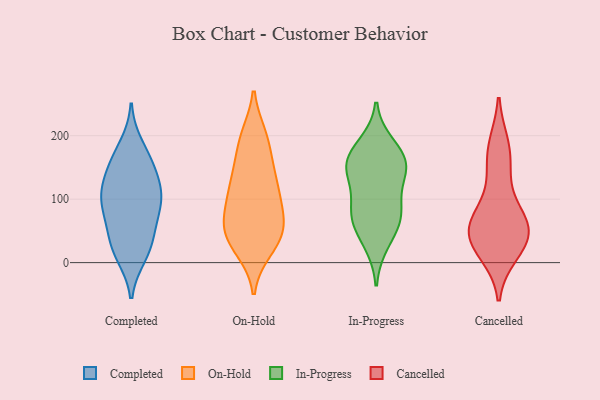
{"axis": {"x": "Backlog", "y": "Value"}, "legend": ["Cancelled", "Completed", "In-Progress", "On-Hold"], "data": [{"x": "", "y": 106, "type": "Completed"}, {"x": "", "y": 101, "type": "Completed"}, {"x": "", "y": 107, "type": "Completed"}, {"x": "", "y": 119, "type": "Completed"}, {"x": "", "y": 69, "type": "Completed"}, {"x": "", "y": 161, "type": "Completed"}, {"x": "", "y": 15, "type": "Completed"}, {"x": "", "y": 149, "type": "Completed"}, {"x": "", "y": 37, "type": "Completed"}, {"x": "", "y": 184, "type": "Completed"}, {"x": "", "y": 152, "type": "Completed"}, {"x": "", "y": 34, "type": "Completed"}, {"x": "", "y": 71, "type": "Completed"}, {"x": "", "y": 11, "type": "Completed"}, {"x": "", "y": 97, "type": "Completed"}, {"x": "", "y": 62, "type": "On-Hold"}, {"x": "", "y": 92, "type": "On-Hold"}, {"x": "", "y": 193, "type": "On-Hold"}, {"x": "", "y": 43, "type": "On-Hold"}, {"x": "", "y": 153, "type": "On-Hold"}, {"x": "", "y": 67, "type": "On-Hold"}, {"x": "", "y": 114, "type": "On-Hold"}, {"x": "", "y": 21, "type": "On-Hold"}, {"x": "", "y": 59, "type": "On-Hold"}, {"x": "", "y": 109, "type": "On-Hold"}, {"x": "", "y": 24, "type": "On-Hold"}, {"x": "", "y": 196, "type": "On-Hold"}, {"x": "", "y": 137, "type": "On-Hold"}, {"x": "", "y": 199, "type": "On-Hold"}, {"x": "", "y": 40, "type": "On-Hold"}, {"x": "", "y": 141, "type": "On-Hold"}, {"x": "", "y": 97, "type": "On-Hold"}, {"x": "", "y": 46, "type": "On-Hold"}, {"x": "", "y": 157, "type": "In-Progress"}, {"x": "", "y": 153, "type": "In-Progress"}, {"x": "", "y": 134, "type": "In-Progress"}, {"x": "", "y": 147, "type": "In-Progress"}, {"x": "", "y": 79, "type": "In-Progress"}, {"x": "", "y": 80, "type": "In-Progress"}, {"x": "", "y": 58, "type": "In-Progress"}, {"x": "", "y": 31, "type": "In-Progress"}, {"x": "", "y": 185, "type": "In-Progress"}, {"x": "", "y": 82, "type": "In-Progress"}, {"x": "", "y": 167, "type": "In-Progress"}, {"x": "", "y": 17, "type": "Cancelled"}, {"x": "", "y": 35, "type": "Cancelled"}, {"x": "", "y": 48, "type": "Cancelled"}, {"x": "", "y": 43, "type": "Cancelled"}, {"x": "", "y": 183, "type": "Cancelled"}, {"x": "", "y": 138, "type": "Cancelled"}, {"x": "", "y": 30, "type": "Cancelled"}, {"x": "", "y": 66, "type": "Cancelled"}, {"x": "", "y": 174, "type": "Cancelled"}, {"x": "", "y": 74, "type": "Cancelled"}, {"x": "", "y": 67, "type": "Cancelled"}]}